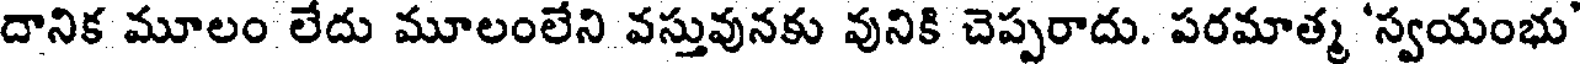
దానిక మూలం లేదు మూలంలేని వస్తువునకు వునికి చెప్పరాదు. పరమాత్మ 'స్వయంభు